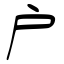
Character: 户